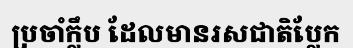
ប្រចាំក្លឹប ដែលមានរសជាតិប្លែក